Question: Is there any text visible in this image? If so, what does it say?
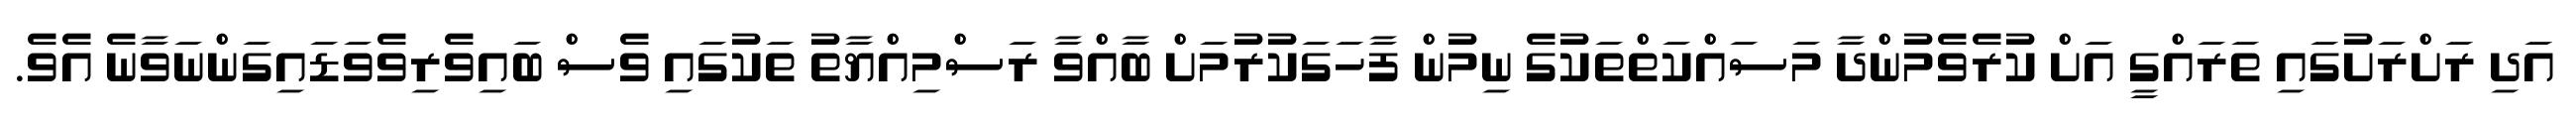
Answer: އަދި ރަށްރަށުގައި ތަރައްގީ އަށް ކުރެވެމުންދާ މަސައްކަތްތަކުގެ ނިމުން ފާހަގަކުރުމަށް ބާއްވާ ރަސްމިއްޔާތު ތަކުގައި ވެސް ބައިވެރިވެވަޑައިގަންނަވާނެ އެވެ.